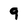
Character: 9